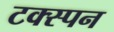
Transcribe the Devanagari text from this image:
टक्स्पन